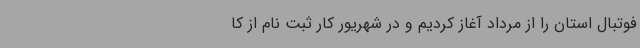
فوتبال استان را از مرداد آغاز کردیم و در شهریور کار ثبت نام از کا